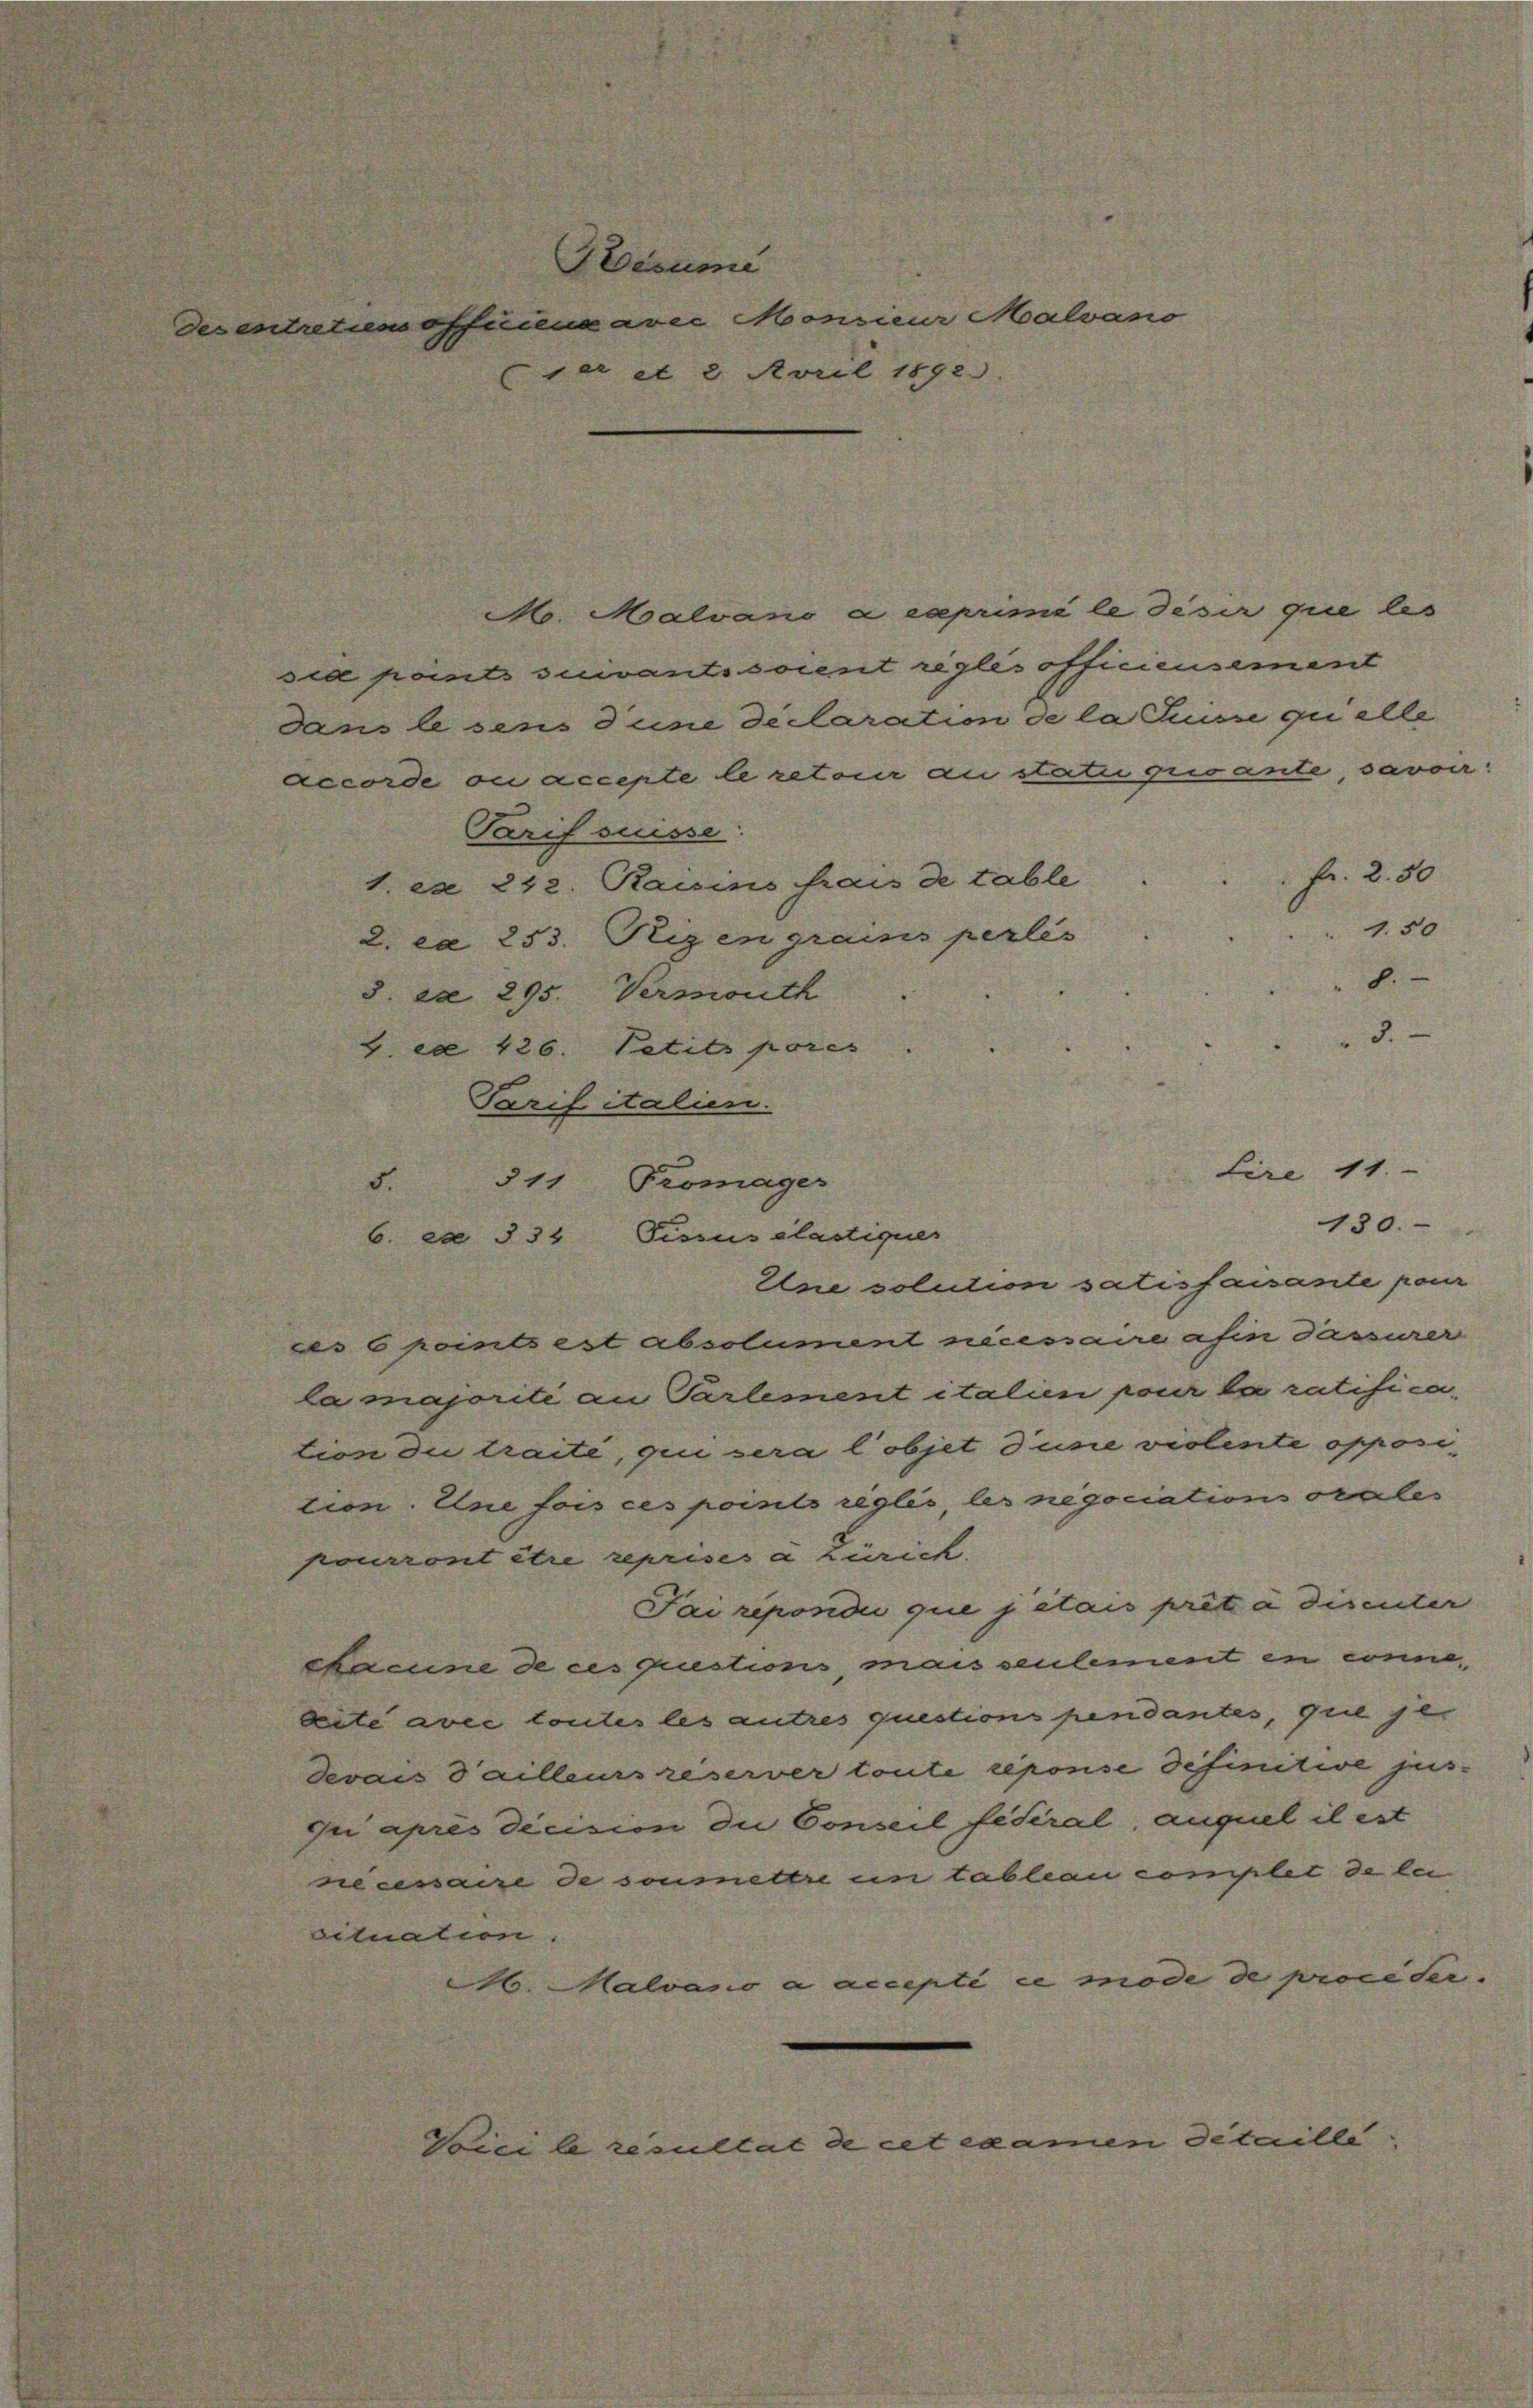
ser et 2 April 1892.

Feesume
des entretien officencaver Monsieur Malvano

No. Moalvano a exprimi le désir que les
sia points suivantisoient regles officiensement
dans lesens d’une declaration de la Suisse qui alle
accorde ou accepte le retour an stati grisante, savoir.
Tarif suisse
fr. 20
1. es 242. Raisins frais de table
1.50
2. ca 253. Regen grains perles
8.
ca 295. Versanth
3.
G. ca 426. Petits pores
Tarif italien.
Lire 11.
311
Promager
130.
Fissus élastiquer
6. ex 334
Eine solution satisfaisante pon
es 6 points est absolument nécessaire afin dasserer
la majorité an Partement italien pour la ratification die traité, qui sera l’objet d’une violente opposition. Eine fois ces poisels règles les negociations orales
pourront être reprises a Zürich.
Pai répondii que jétais prêt à disenter
Mamine de ces questions mais seulement en conne
ete avec toutes les autres questions pendantes, que je
devais d’ailleurs reserver toute reponse definitive jeis-
qui après décision die Conseil fédéral, auquel il est
necessaire de soumettre en tableau complet de lei
situation.
. Malvano a accepti ce mode de proceder.
Voici le resultat de cet examen Detailli